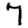
Digit: 7